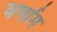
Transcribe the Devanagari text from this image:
वर्णाम